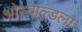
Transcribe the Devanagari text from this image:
ओस्वाल्डला